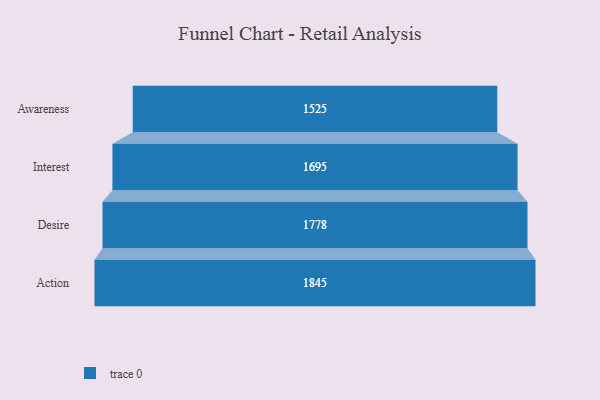
{"axis": {"x": "Stage", "y": "Value"}, "legend": [""], "data": [{"x": "Awareness", "y": 1525.0, "type": ""}, {"x": "Interest", "y": 1695.0, "type": ""}, {"x": "Desire", "y": 1778.0, "type": ""}, {"x": "Action", "y": 1845.0, "type": ""}]}